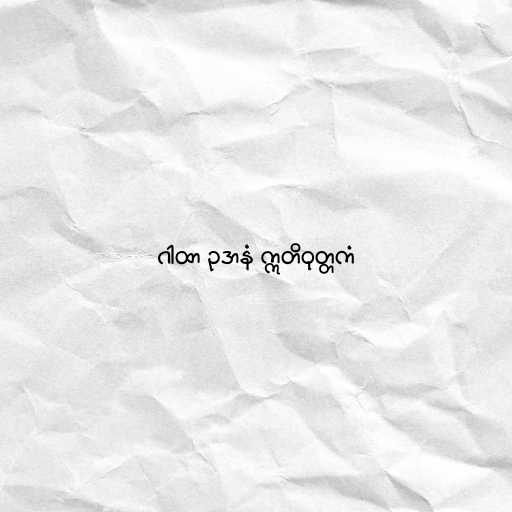
ဂါထာ ဥဒာနံ ဣတိဝုတ္တကံ